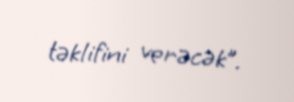
təklifini verəcək”.